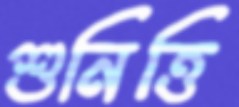
শুনিত্তি